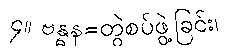
၄။ ဗန္ဓန=တွဲစပ်ဖွဲ့ခြင်း၊